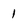
Character: 1